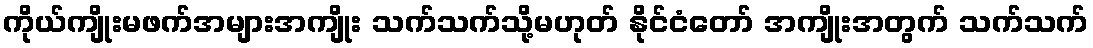
ကိုယ်ကျိုးမဖက်အများအကျိုး သက်သက်သို့မဟုတ် နိုင်ငံတော် အကျိုးအတွက် သက်သက်